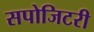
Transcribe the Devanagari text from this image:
सपोजिटरी